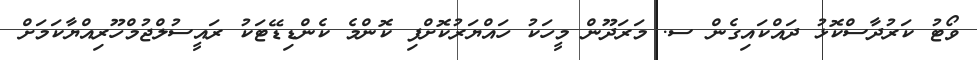
ވޯޓު ކަރުދާސްކޮޅު ދައްކައިގެން ސ. މަރަދޫން މީހަކު ހައްޔަރުކޮށްފި ކޮންމެ ކެންޑިޑޭޓަކު ރައީސުލްޖުމްހޫރިއްޔާކަމަށް